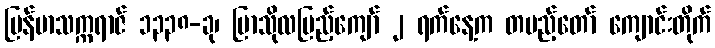
မြန်မာသက္ကရာဇ် ၁၃၃၈-ခု၊ ပြာသိုလပြည့်ကျော် ၂ ရက်နေ့က တပည့်တော် ကျောင်းတိုက်